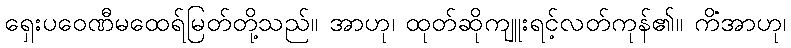
ရှေးပဝေဏီမထေရ်မြတ်တို့သည်။ အာဟု၊ ထုတ်ဆိုကျူးရင့်လတ်ကုန်၏။ ကိံအာဟု၊